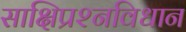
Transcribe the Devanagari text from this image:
साक्षिप्रश्नविधान